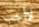
لاأحب